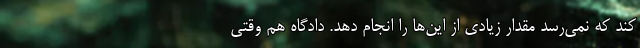
کند که نمی‌رسد مقدار زیادی از این‌ها را انجام دهد. دادگاه هم وقتی